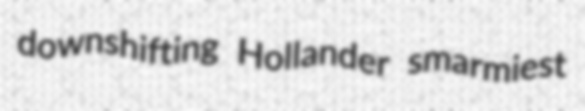
downshifting Hollander smarmiest